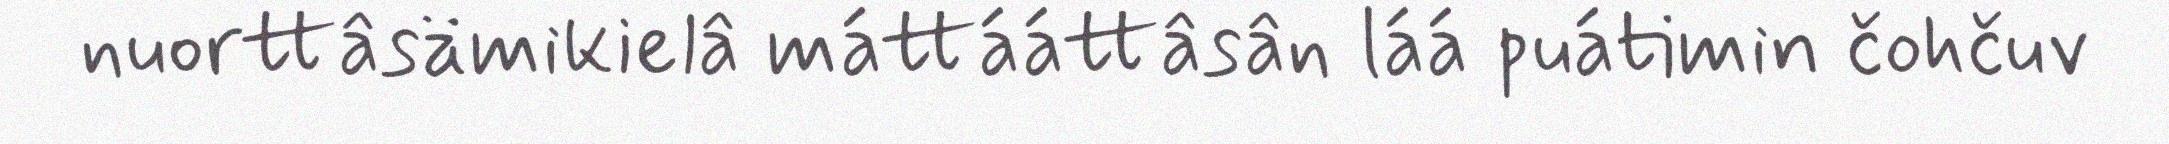
nuorttâsämikielâ máttááttâsân láá puátimin čohčuv